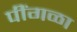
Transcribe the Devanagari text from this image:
पींगळा